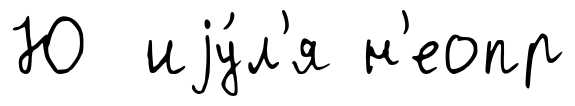
Ю иjу́л'я н'еопр